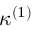
\kappa ^ { ( 1 ) }